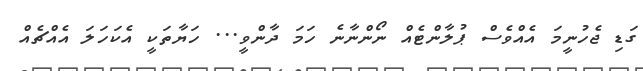
ގަޑި ޖެހުނީމަ އެއްވެސް ޕުލާންޓެއް ނޯންނާނެ ހަމަ ދާންވީ... ހަޔާތަކީ އެކަހަލަ އެއްޗެއް